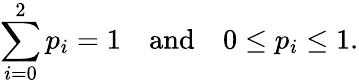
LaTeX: \sum_{i=0}^{2}p_{i}=1\quad{\mathrm{and}}\quad 0\leq p_{i}\leq 1.